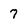
Character: 7